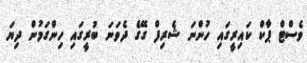
ވެސްޓް ޕާކް ކައިރީގައި ހުންނަ ޝެރިފް ގޭގެ ދެވަނަ ބުރީގައި ހިންގަމުން ދިޔަ